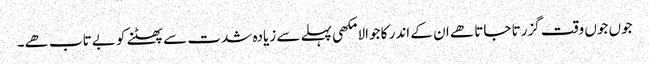
جوں جوں وقت گزرتا جاتا ھے ان کے اندر کا جوالا مکھی پہلے سے زیادہ شدت سے پھٹنے کو بےتاب ھے۔